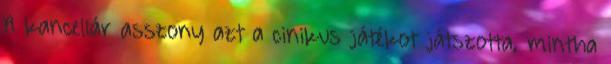
A kancellár asszony azt a cinikus játékot játszotta, mintha